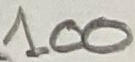
Text: 100